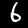
Digit: 6